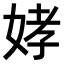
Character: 𫰪